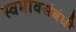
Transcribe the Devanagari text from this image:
स्वभावसंबंधी